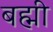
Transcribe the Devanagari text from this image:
बह्मी